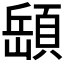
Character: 𩓥